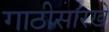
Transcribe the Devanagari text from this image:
गाठीसारखे